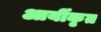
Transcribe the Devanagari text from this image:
आर्यीकृत